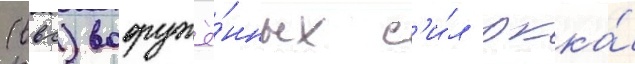
(ввс) вооружё́нных с'и́л ркка́